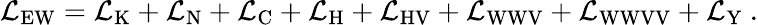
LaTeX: {\mathcal{L}}_{\mathrm{EW}}={\mathcal{L}}_{\mathrm{K}}+{\mathcal{L}}_{\mathrm{N}}+{\mathcal{L}}_{\mathrm{C}}+{\mathcal{L}}_{\mathrm{H}}+{\mathcal{L}}_{\mathrm{HV}}+{\mathcal{L}}_{\mathrm{WWV}}+{\mathcal{L}}_{\mathrm{WWVV}}+{\mathcal{L}}_{\mathrm{Y}}~.